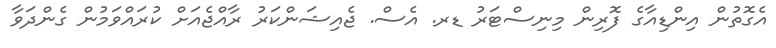
އެގޮތުން އިންޑިއާގެ ފޮރިން މިނިސްޓަރު ޑރ. އެސް. ޖެއިޝަންކަރު ރާއްޖެއަށް ކުރައްވަމުން ގެންދަވާ